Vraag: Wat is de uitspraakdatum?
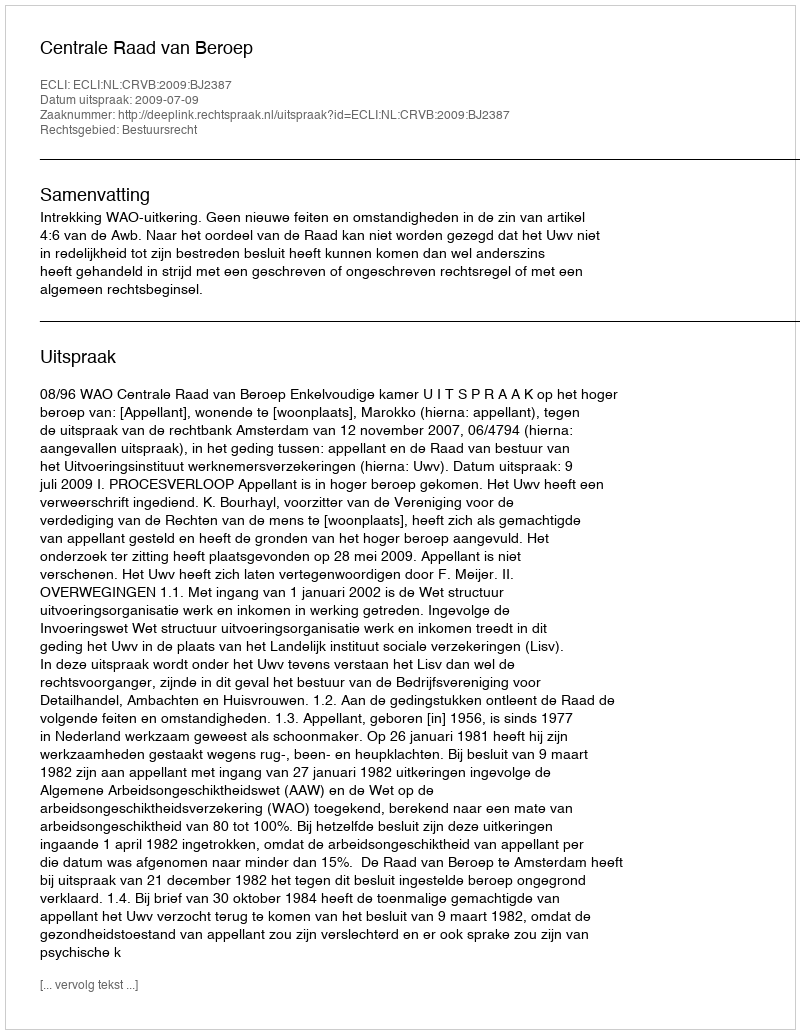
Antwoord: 2009-07-09